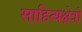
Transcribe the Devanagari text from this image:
साहित्यक्षेत्रों